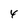
Character: 4